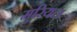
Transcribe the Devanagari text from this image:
मुरियल